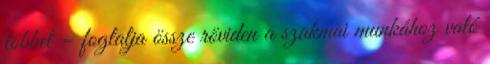
többet – foglalja össze röviden a szakmai munkához való